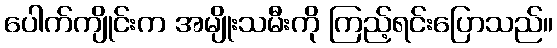
ပေါက်ကျိုင်းက အမျိုးသမီးကို ကြည့်ရင်းပြောသည်။